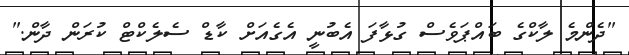
"ދެންމެ ލާކްގެ ބައްޕަވެސް ގުޅާފަ އެބުނީ އެގެއަށް ކާޑް ސެލެކްޓް ކުރަން ދާން."